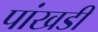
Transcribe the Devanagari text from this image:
पांखडी